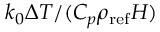
k _ { 0 } \Delta T / ( C _ { p } \rho _ { \mathrm { r e f } } H )